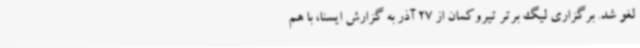
لغو شد. برگزاری لیگ برتر تیروکمان از 27 آذر به گزارش ایسنا، با هم